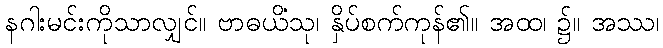
နဂါးမင်းကိုသာလျှင်။ ဗာဓယိံသု၊ နှိပ်စက်ကုန်၏။ အထ၊ ၌။ အဿ၊